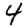
Digit: 4